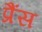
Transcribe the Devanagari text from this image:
प्रैंस